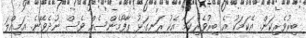
ބިރުވެރިކަން. އެކަމަކު އެ ބިރުވެރިކަމާ އެކު ރަނގަޅު ޕާފޯމެންސެއް ވެސް ނުދެވޭނެ. އަމިއްލަ